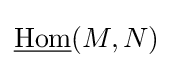
{\underline {\mathrm {Hom} }}(M,N)